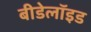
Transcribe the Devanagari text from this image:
बीडेलॉइड